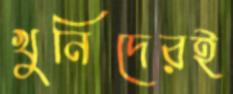
খুনিদেরই